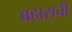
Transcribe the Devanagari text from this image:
बहाराची